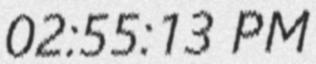
02:55:13 PM